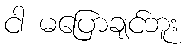
ငါ မပြောချင်ဘူး